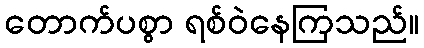
တောက်ပစွာ ရစ်ဝဲနေကြသည်။